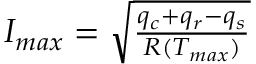
\begin{array} { r } { I _ { m a x } = \sqrt { \frac { q _ { c } + q _ { r } - q _ { s } } { R ( T _ { m a x } ) } } } \end{array}